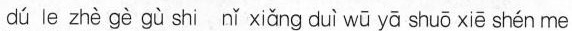
dú le zhè gè gù shi nǐ xiǎng duì wū yā shuō xiē shén me